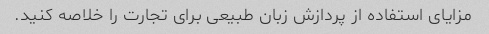
مزایای استفاده از پردازش زبان طبیعی برای تجارت را خلاصه کنید.